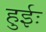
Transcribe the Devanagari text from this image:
हुईः